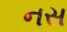
નસ